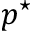
p ^ { \star }